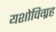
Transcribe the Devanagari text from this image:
यशोविग्रह